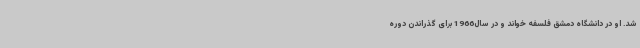
شد. او در دانشگاه دمشق فلسفه خواند و در سال1966 برای گذراندن دوره